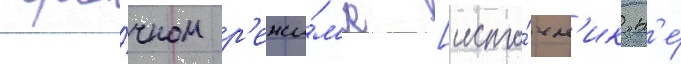
сро́чном р'ежи́м'е [исто́чн'ик н'е́